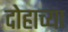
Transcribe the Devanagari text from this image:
दोहाच्या